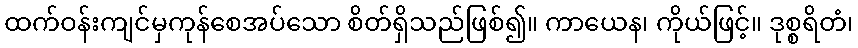
ထက်ဝန်းကျင်မှကုန်စေအပ်သော စိတ်ရှိသည်ဖြစ်၍။ ကာယေန၊ ကိုယ်ဖြင့်။ ဒုစ္စရိတံ၊